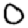
Digit: 0